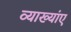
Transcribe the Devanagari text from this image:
व्याख्यांए